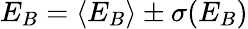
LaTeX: E_{B}=\left<E_{B}\right>\pm\sigma(E_{B})